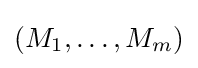
(M_{1},\dots ,M_{m})